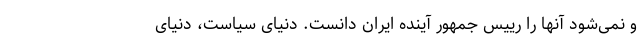
و نمی‌شود آنها را رییس جمهور آینده ایران دانست. دنیای سیاست، دنیای